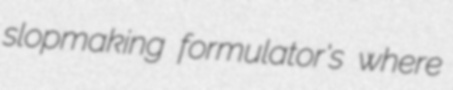
slopmaking formulator's where